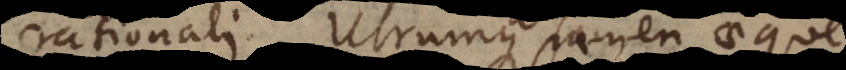
rationali. Utrumque tamen aeque